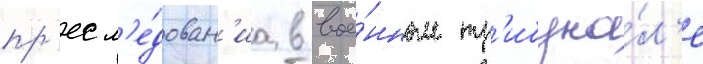
пр'есл'е́дован'иа в вое́нном тр'ибуна́л'е